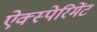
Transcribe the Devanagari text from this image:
ऐक्स्पेरिमेंट